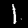
Label: 1